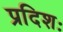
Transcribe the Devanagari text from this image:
प्रदिशः